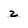
Character: z